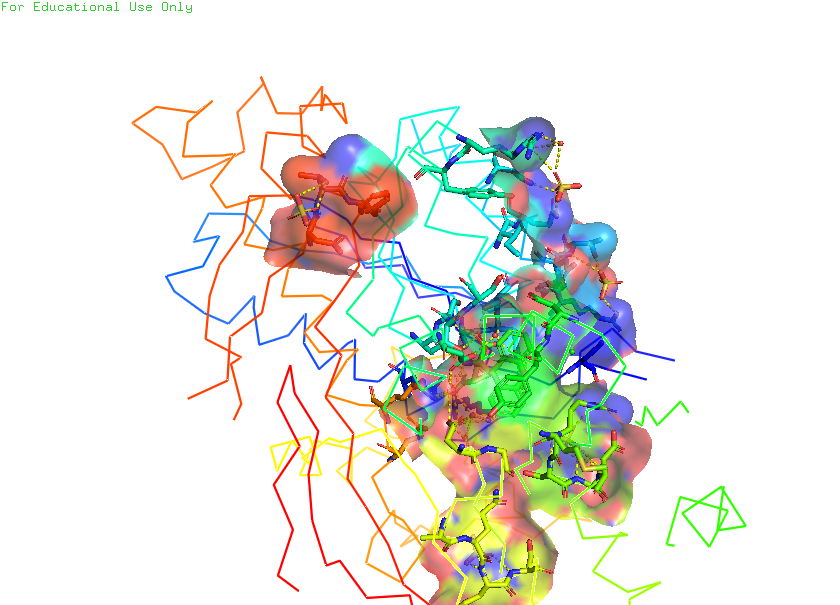
pymol, preset, ligand_sites_trans